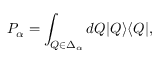
P _ { \alpha } = \int _ { Q \in \Delta _ { \alpha } } d Q | Q \rangle \langle Q | ,